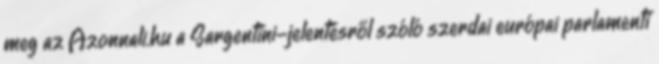
meg az Azonnali.hu a Sargentini-jelentésről szóló szerdai európai parlamenti